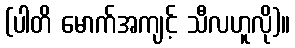
(ပါတိ မောက်အကျင့် သီလဟူလို)။